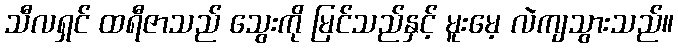
သီလရှင် ထရီဇာသည် သွေးကို မြင်သည်နှင့် မူးမေ့ လဲကျသွားသည်။